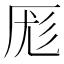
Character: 厖